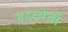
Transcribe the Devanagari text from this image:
सदस्येची